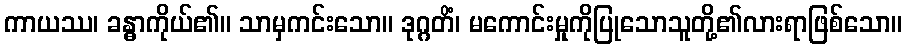
ကာယဿ၊ ခန္ဓာကိုယ်၏။ သာမှကင်းသော။ ဒုဂ္ဂတိံ၊ မကောင်းမှုကိုပြုသောသူတို့၏လားရာဖြစ်သော။